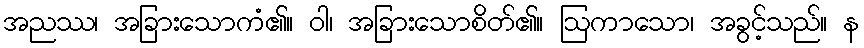
အညဿ၊ အခြားသောကံ၏။ ဝါ၊ အခြားသောစိတ်၏။ ဩကာသော၊ အခွင့်သည်။ န